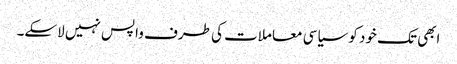
ابھی تک خود کو سیاسی معاملات کی طرف واپس نہیں لاسکے۔